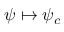
\psi \mapsto \psi _ { c }